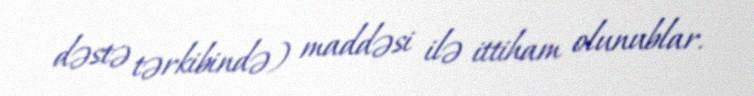
dəstə tərkibində) maddəsi ilə ittiham olunublar.